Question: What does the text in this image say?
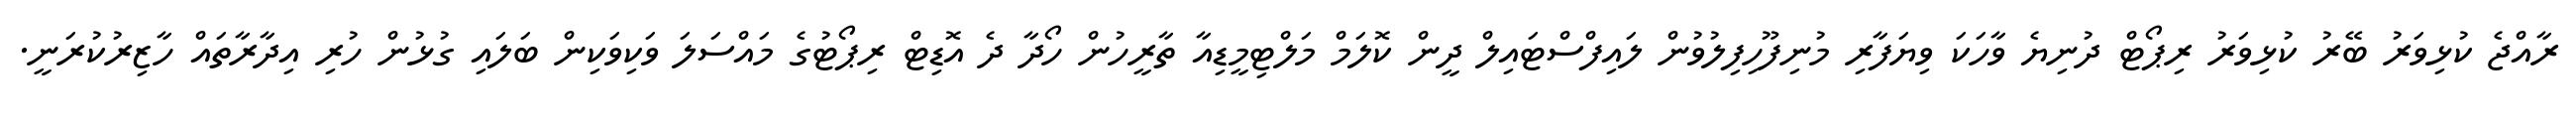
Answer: ރާއްޖެ ކުޅިވަރު ބޭރު ކުޅިވަރު ރިޕޯޓް ދުނިޔެ ވާހަކަ ވިޔަފާރި މުނިފޫހިފިލުވުން ލައިފްސްޓައިލް ދީން ކޮލަމް މަލްޓިމީޑިއާ ތާރީހުން ހޯދާ ދެ އޮޑިޓް ރިޕޯޓުގެ މައްސަލަ ވަކިވަކިން ބަލައި ގުޅުން ހުރި އިދާރާތައް ހާޒިރުކުރަނީ.